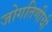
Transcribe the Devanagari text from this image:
जोगतिणीची